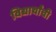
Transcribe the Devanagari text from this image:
विद्यार्थांची